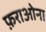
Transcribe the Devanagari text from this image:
फ़राओना